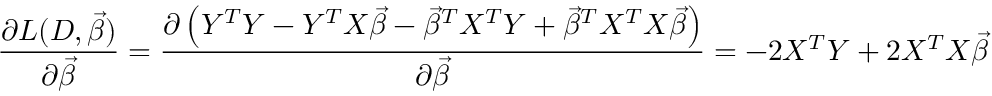
{ \frac { \partial L ( D , { \vec { \beta } } ) } { \partial { \vec { \beta } } } } = { \frac { \partial \left( Y ^ { T } Y - Y ^ { T } X { \vec { \beta } } - { \vec { \beta } } ^ { T } X ^ { T } Y + { \vec { \beta } } ^ { T } X ^ { T } X { \vec { \beta } } \right) } { \partial { \vec { \beta } } } } = - 2 X ^ { T } Y + 2 X ^ { T } X { \vec { \beta } }